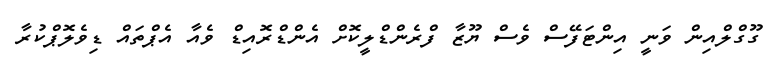
ގޫގްލްއިން ވަނީ އިންޓަފޭސް ވެސް ޔޫޒާ ފްރެންޑްލީކޮށް އެންޑްރޮއިޑް ވެއާ އެޕްތައް ޑިވެލޮޕްކުރާ